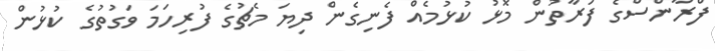
ފްރާންސްގެ ފަރާތުން މޮޅު ކުޅުމެއް ފެނިގެން ދިޔަ މެޗުގެ ފުރިހަމަ ވަގުތުގެ ކުޅުން